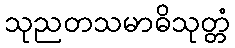
သုညတသမာဓိသုတ္တံ